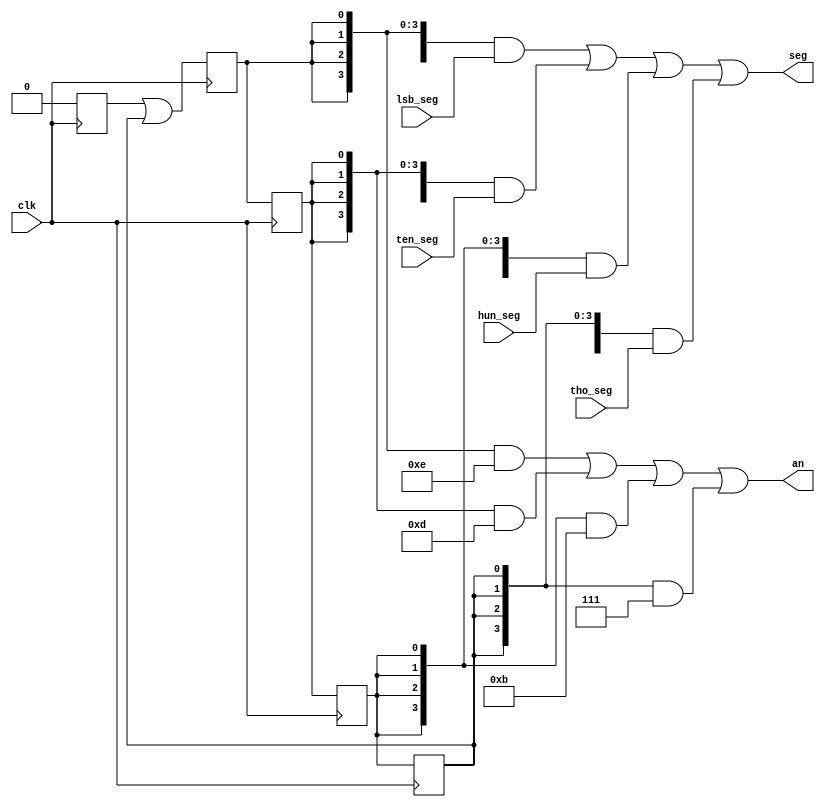
module scan_control(output [6:0] seg, output [3:0] an,
                    input [6:0] tho_seg, input [6:0] hun_seg, input [6:0] ten_seg, input [6:0] lsb_seg, input clk);
    reg s_lsb, s_ten, s_hun, s_tho;

    //assume run is active high
    reg s_garbage = 1;
    wire s_lsb_next = (s_garbage) | (s_tho);
    wire s_ten_next = s_lsb;
    wire s_hun_next = s_ten;
    wire s_tho_next = s_hun;

    always @ (posedge clk) begin
        s_garbage <= 0;
        s_lsb <= s_lsb_next;
        s_ten <= s_ten_next;
        s_hun <= s_hun_next;
        s_tho <= s_tho_next;
    end

    wire [6:0] lsb_out = ({7{(s_lsb)}} & lsb_seg);
    wire [6:0] ten_out = ({7{(s_ten)}} & ten_seg);
    wire [6:0] hun_out = ({7{(s_hun)}} & hun_seg);
    wire [6:0] tho_out = ({7{(s_tho)}} & tho_seg);

    wire [3:0] lsb_an_out = ({4{(s_lsb)}} & 4'b1110);
    wire [3:0] ten_an_out = ({4{(s_ten)}} & 4'b1101);
    wire [3:0] hun_an_out = ({4{(s_hun)}} & 4'b1011);
    wire [3:0] tho_an_out = ({4{(s_tho)}} & 4'b0111);

    assign seg = lsb_out | ten_out | hun_out | tho_out;
    assign an = lsb_an_out | ten_an_out | hun_an_out | tho_an_out;
endmodule